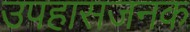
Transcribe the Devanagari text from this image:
उपहासजनक